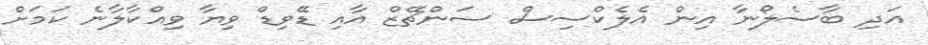
އަދި ބާސެލޯނާ އިން އެލެކްސިސް ސަންޗޭޒް އާއި ޑޭވިޑް ވިޔާ ވިއްކާލާނެ ކަމަށް